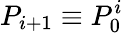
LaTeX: P_{i+1}\equiv P_{0}^{i}